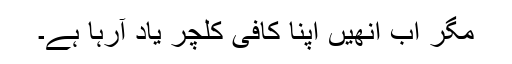
مگر اب انھیں اپنا کافی کلچر یاد آرہا ہے۔